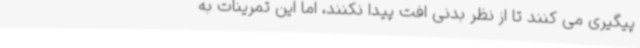
پیگیری می کنند تا از نظر بدنی افت پیدا نکنند، اما این تمرینات به